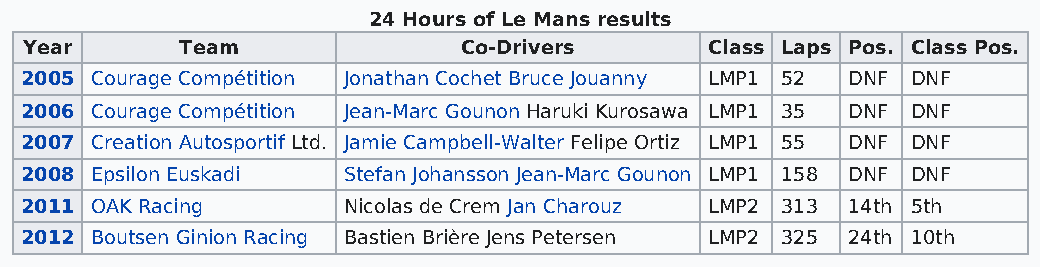
24 Hours of Le Mans results
 Year      Team              Co-Drivers       Class Laps Pos. Class Pos.
 2005 Courage Compétition Jonathan Cochet Bruce Jouanny LMP1 52 DNF DNF
 2006 Courage Compétition Jean-Marc Gounon Haruki Kurosawa LMP1 35 DNF DNF
 2007 Creation Autosportif Ltd. Jamie Campbell-Walter Felipe Ortiz LMP1 55 DNF DNF
 2008 Epsilon Euskadi  Stefan Johansson Jean-Marc Gounon LMP1 158 DNF DNF
 2011 OAK Racing       Nicolas de Crem Jan Charouz LMP2 313 14th 5th
 2012 Boutsen Ginion Racing Bastien Brière Jens Petersen LMP2 325 24th 10th